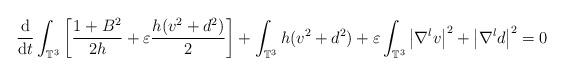
LaTeX: \begin{align*}\frac{{\rm d}}{{\rm d}t}\int_{\mathbb{T}^3}\left[\frac{1+B^2}{2h} + \varepsilon \frac{h(v^2+d^2)}{2}\right] + \int_{\mathbb{T}^3} h(v^2+d^2) +\varepsilon\int_{\mathbb{T}^3}\big|\nabla^lv\big|^2 + \big|\nabla^ld\big|^2= 0\end{align*}